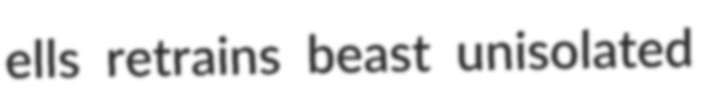
ells retrains beast unisolated